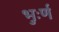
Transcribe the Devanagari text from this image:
भुःर्ण